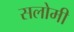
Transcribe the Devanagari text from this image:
सलोमी